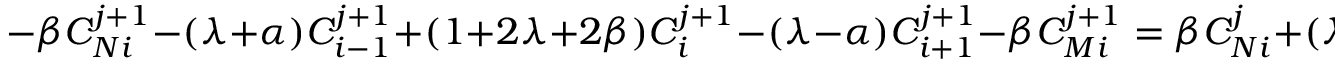
- \beta C _ { N i } ^ { j + 1 } - ( \lambda + \alpha ) C _ { i - 1 } ^ { j + 1 } + ( 1 + 2 \lambda + 2 \beta ) C _ { i } ^ { j + 1 } - ( \lambda - \alpha ) C _ { i + 1 } ^ { j + 1 } - \beta C _ { M i } ^ { j + 1 } = \beta C _ { N i } ^ { j } + ( \lambda + \alpha ) C _ { i - 1 } ^ { j } + ( 1 - 2 \lambda - 2 \beta ) C _ { i } ^ { j } + ( \lambda - \alpha ) C _ { i + 1 } ^ { j } + \beta C _ { M i } ^ { j } .